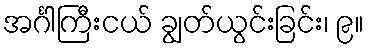
အင်္ဂါကြီးငယ် ချွတ်ယွင်းခြင်း၊ ၉။